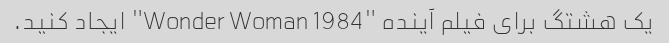
یک هشتگ برای فیلم آینده "Wonder Woman 1984" ایجاد کنید.